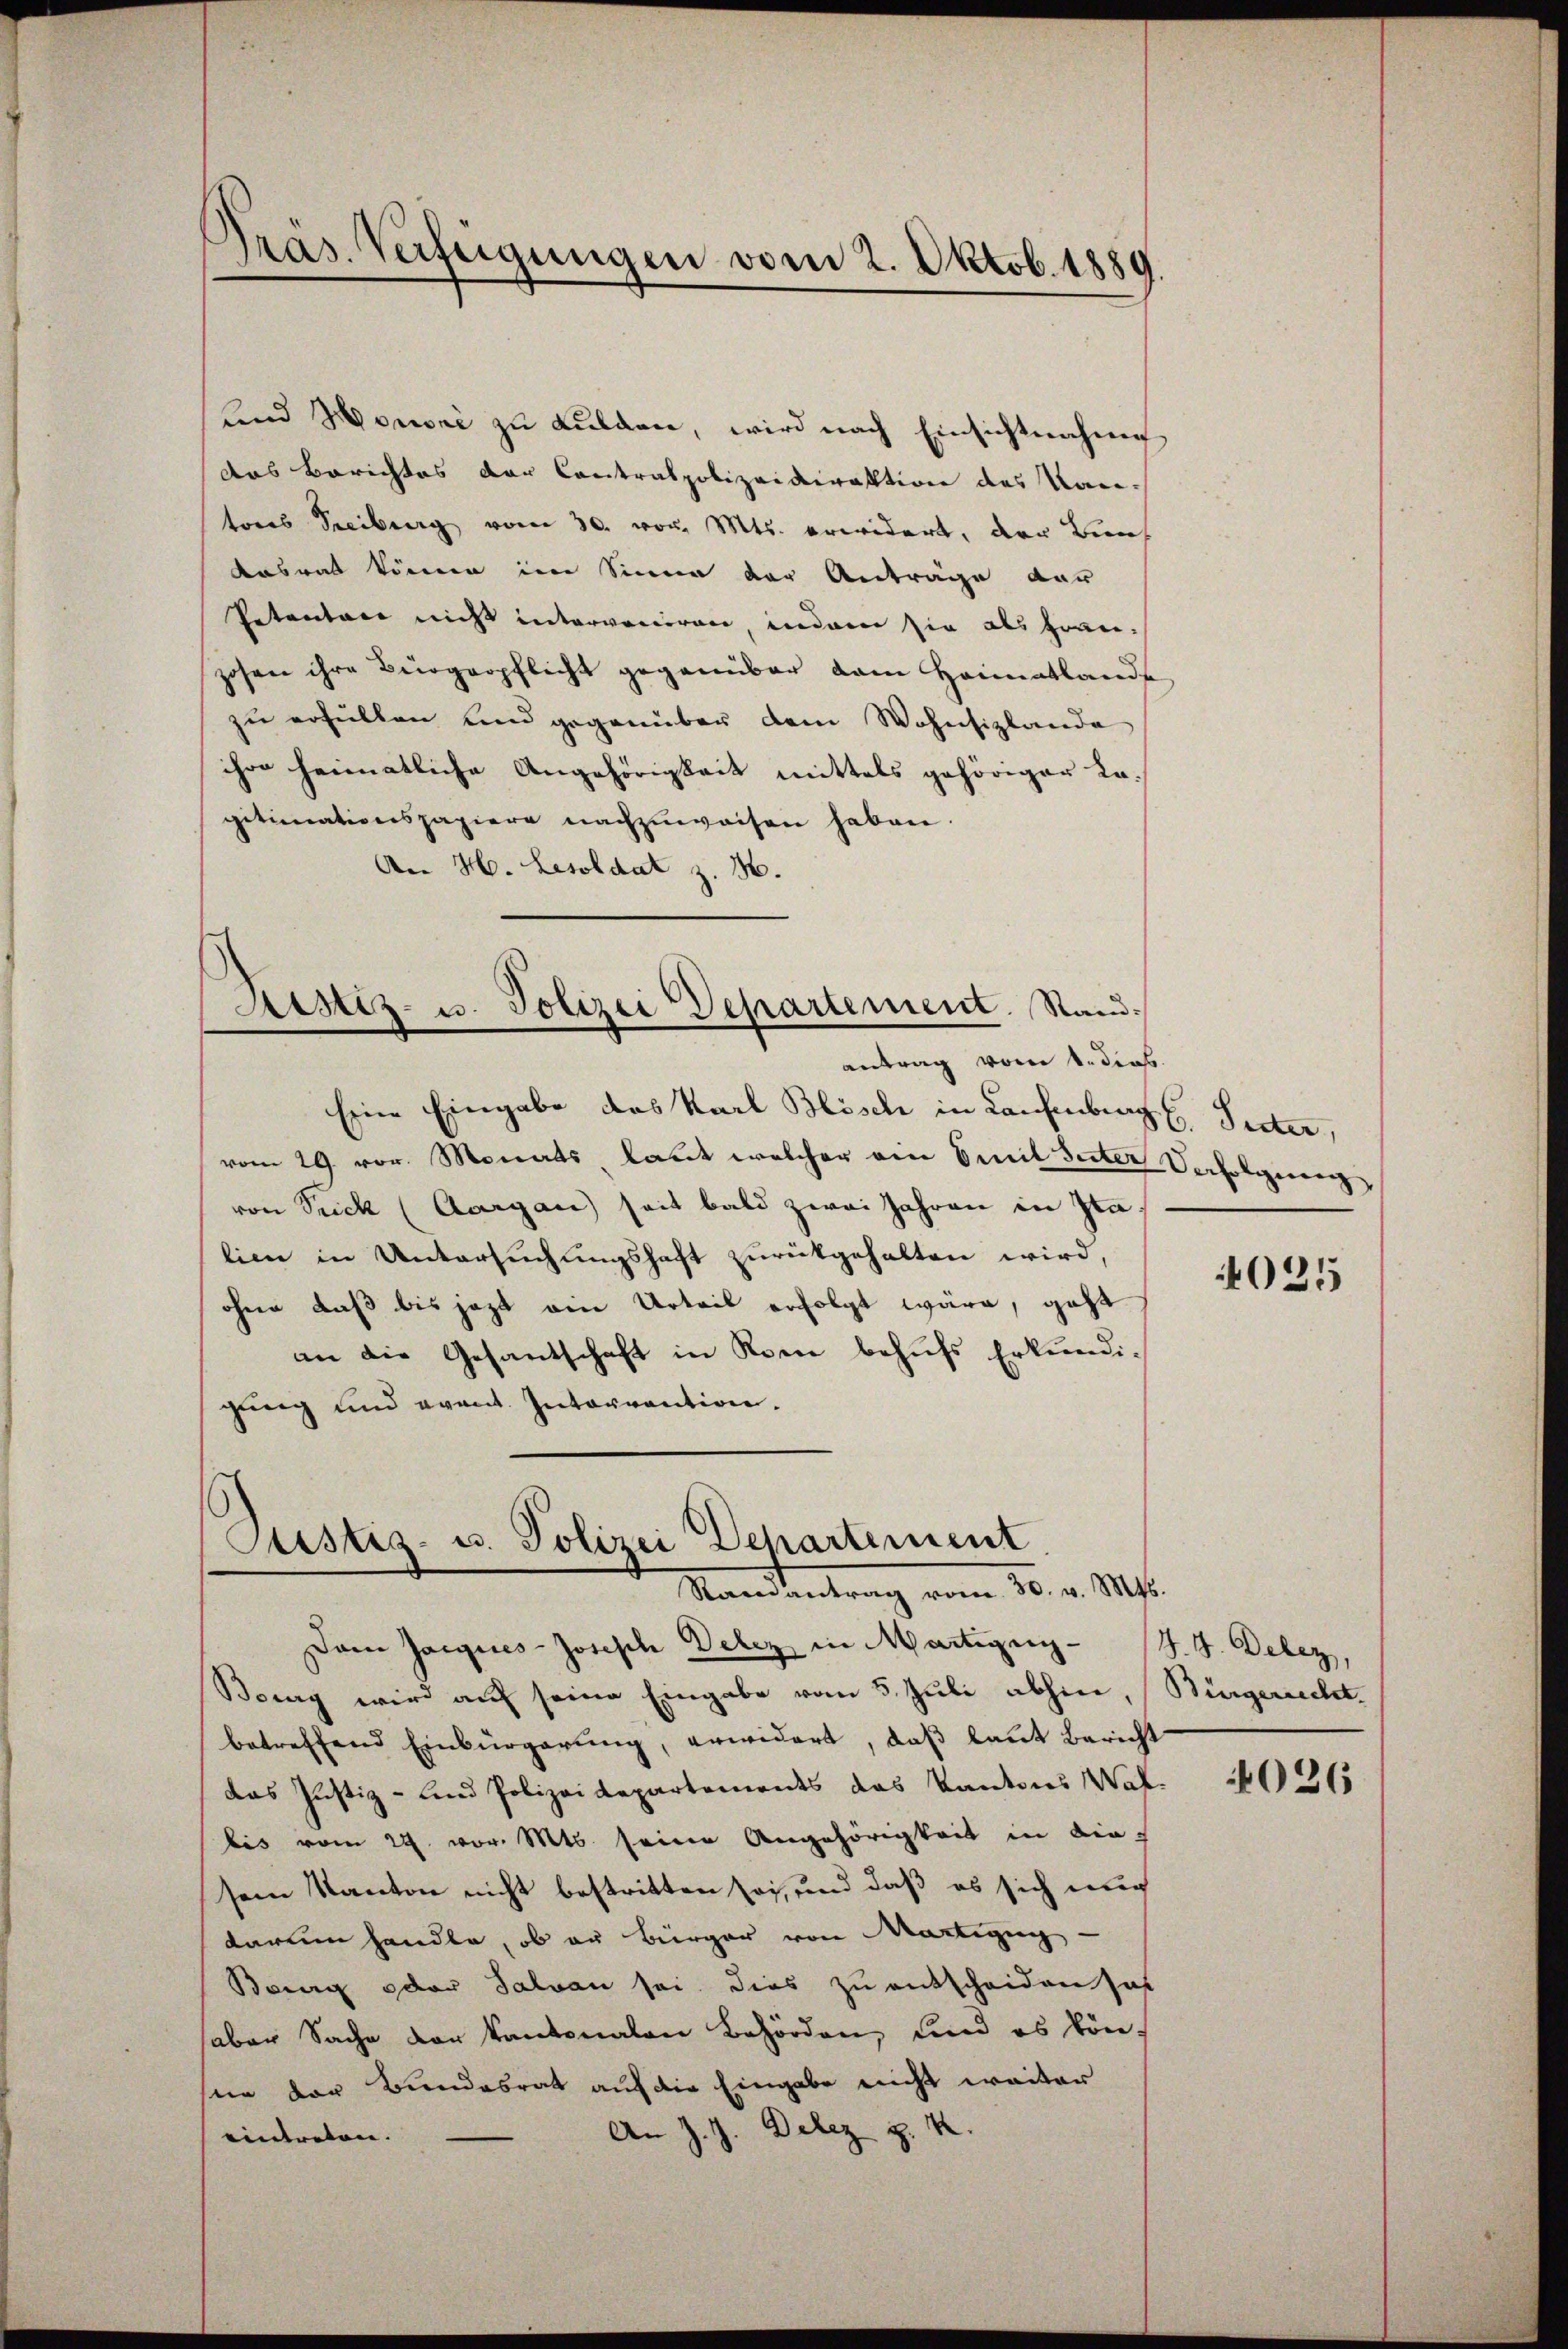
und Honori zu Lulden, wird nach Einsichtnahme
das Berichtes der Contralpolizeidirektion des Kan-
tores Treiburg vom 30. vor. Mts. erwidert, der Bun
Aasat können im Sinne der Anträge dar
Petenten nicht interveniren, indem sie als fran-
zosen ihre Bürgerpflicht gegenüber dem Heimatlande
zu erfüllen und gegenüber dem Wohnsizlande
ihre heimatliche Angehörigkeit mittels gehöriger La-
gitimationspapiere nachzuweisen haben.
An H. Lesoldat z. B.
Aistiz- u. Polizei Departement. Stand¬

pras. Verfügungen vom 2. Oktob. 1889

Eine Eingabe das Karl Blösch in Laufenburg C. Inter,
vom 29. vor. Monats laut welcher ein Emil Suter Verfolgeren,
von Seck (Aargau seit bald zwei Jahren in Italien in Untersuchungshaft zurückgehalten wird,
ohne daß bis jezt ein Urteil erfolgt wäre, geht
an die Gesantschaft in Kren behufs Erkundi-
gung und event. Intervention.

antrag vom 1. dieb.

Custiz- u. Polizei Departement
Standentrag vom 30. v. Mts.

Dann Jacques-Josisch Delez in Martigen J. J. Delez,
Bony wir auf seine Eingabe vom 5. Juli abhin,
betreffend Einbürgerŭng, erwidert, daβ laut Bericht
das Justiz- und Polizeidepartements das Kantons Wal
bis vom 29. vor. Mts. seine Angehörigkeit in die-
sem Kanton nicht bestritten sei, und daß es sich auch
darum handle, ob an Bürger von Martigun
Bourg oder Salvan sei dies zu entscheiden hat
haber Sache der Kantonalen Behörden, und es kön-
sein der Bundesrat auf die Eingabe nicht weiter
An J. J. Delez p. 2.
eintreten.

025

Bürgerrecht.

4026